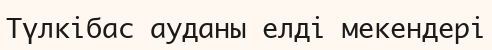
Түлкібас ауданы елді мекендері